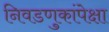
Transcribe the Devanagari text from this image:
निवडणुकांपेक्षा